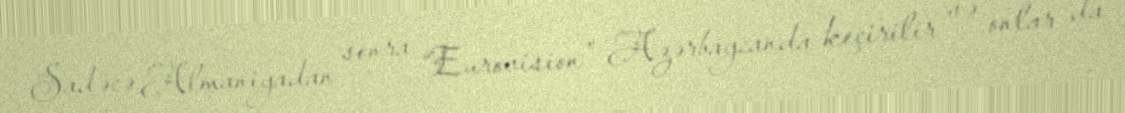
Sadəcə Almaniyadan sonra “Eurovision” Azərbaycanda keçirilir və onlar da